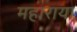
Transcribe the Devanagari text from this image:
महाराया